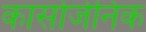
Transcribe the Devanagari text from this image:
कार्सोजेनिक